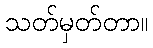
သတ်မှတ်တာ။